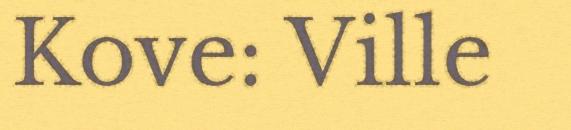
Kove: Ville